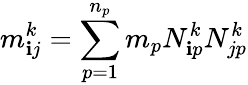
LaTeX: m_{\mathbf{i}j}^{k}=\sum_{p=1}^{n_{p}}m_{p}N_{\mathbf{i}p}^{k}N_{jp}^{k}